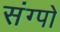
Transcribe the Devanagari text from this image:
संग्पो